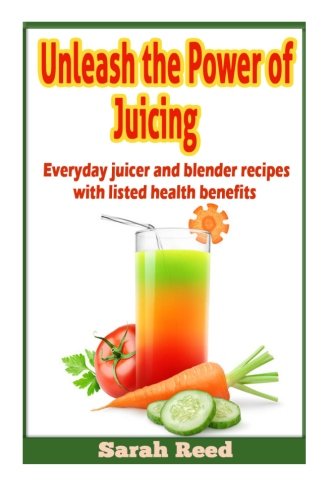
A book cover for Unleash the Power of Juicing: Everyday Juicer & Blender Recipes With listed health benefits!; Sarah Reed; Cookbooks, Food & Wine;